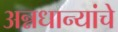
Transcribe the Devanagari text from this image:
अन्नधान्यांचे